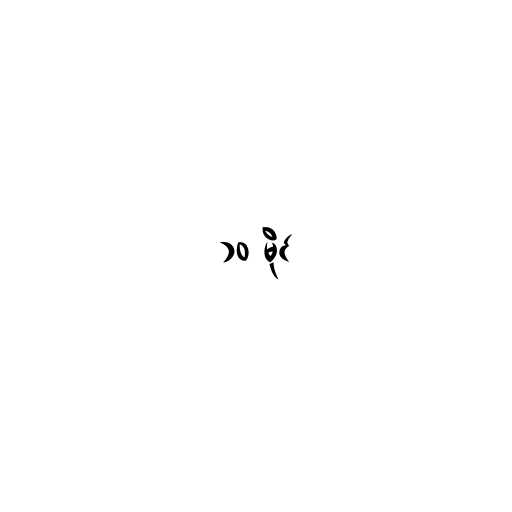
၁၀ မိုင်